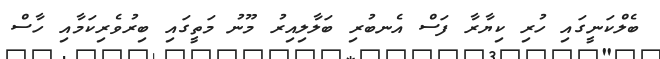
ބެލްކަނީގައި ހުރި ކިޔާރާ ފަސް އެނބުރި ބަލާލިއިރު މޫނު މަތީގައި ބިރުވެރިކަމާއި ހާސް